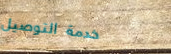
خدمة التوصيل